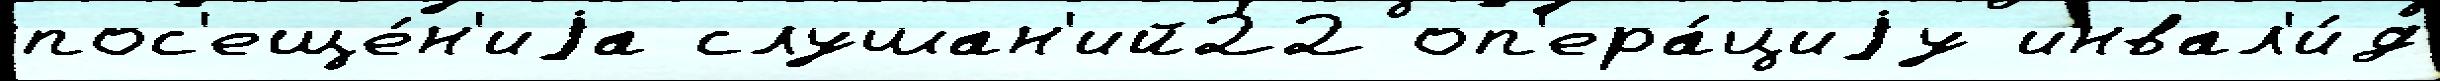
пос'еще́н'иjа слушан'ий22 оп'ера́циjу инвал'и́д